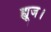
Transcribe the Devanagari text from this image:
ह्यूज।